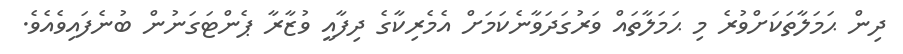
ދިން ޙަމަލާތަކަށްވުރެ މި ޙަމަލާތައް ވަރުގަދަވާނެކަމަށް އެމެރިކާގެ ދިފާއީ ވުޒާރާ ޕެންޓަގަނުން ބުނެފައިވެއެވެ.